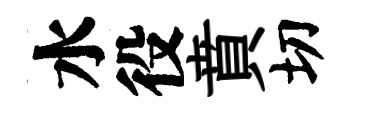
水役賁切